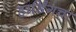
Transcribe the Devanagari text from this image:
हार्डिंगचा